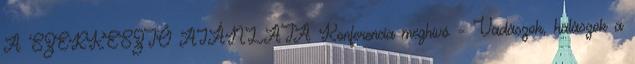
A SZERKESZTŐ AJÁNLATA Konferencia meghívó – Vadászok, halászok a